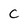
Character: c